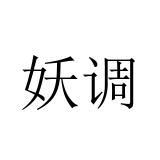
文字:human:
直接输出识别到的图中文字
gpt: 妖调